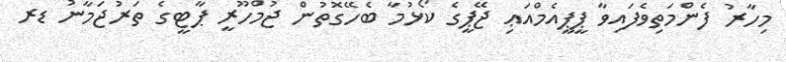
މިހާރު ފެންމަތިވެފައިވާ ޕީޕީއެމްއަޢި ޖޭޕީގެ ކޯޅުމާ ބެހޭގޮތުން ޖުމްހޫރީ ޕާޓީގެ ތަރުޖަމާނު ޑރ